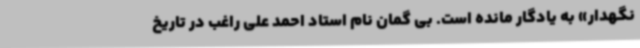
نگهدار» به یادگار مانده است. بی گمان نام استاد احمد علی راغب در تاریخ